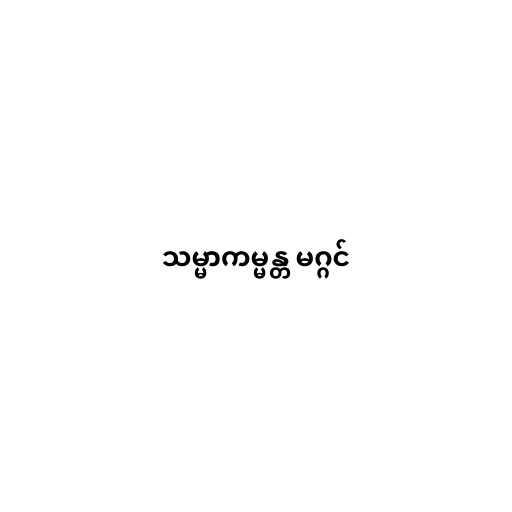
သမ္မာကမ္မန္တ မဂ္ဂင်